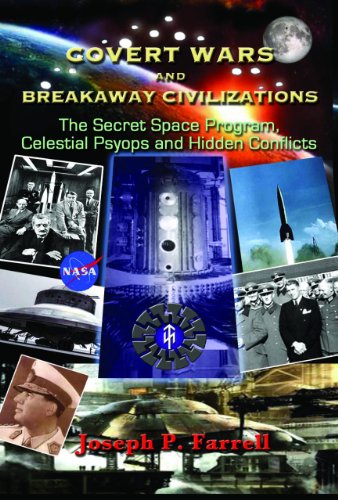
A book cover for Covert Wars and Breakaway Civilizations: The Secret Space Program, Celestial Psyops and  Hidden Conflicts; Joseph P. Farrell; Science & Math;